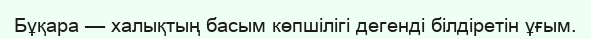
Бұқара — халықтың басым көпшілігі дегенді білдіретін ұғым.